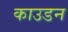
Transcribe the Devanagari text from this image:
काउडन